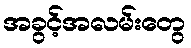
အခွင့်အလမ်းတွေ